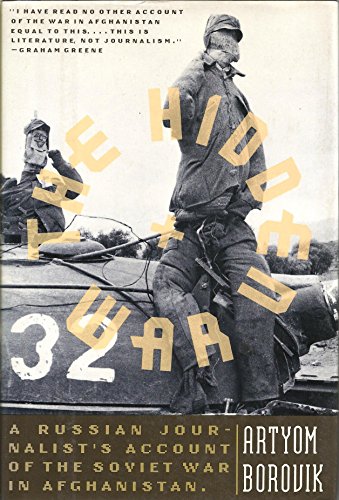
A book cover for The Hidden War: A Russian Journalist's Account of the Soviet War in Afghanistan; Artyom Borovik; Travel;